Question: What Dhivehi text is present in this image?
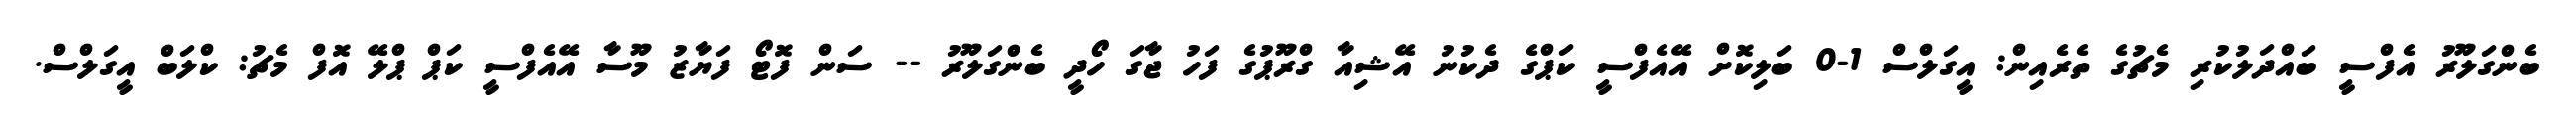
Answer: ބެންގަލޫރު އެފްސީ ބައްދަލުކުރި މެޗުގެ ތެރެއިން: އީގަލްސް 1-0 ބަލިކޮށް އޭއެފްސީ ކަޕްގެ ދެކުނު އޭޝިއާ ގްރޫޕުގެ ފަހު ޖާގަ ހޯދީ ބެންގަލޫރު -- ސަން ފޮޓޯ ފަޔާޒު މޫސާ އޭއެފްސީ ކަޕް ޕްލޭ އޮފް މެޗު: ކްލަބް އީގަލްސް.